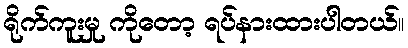
ရိုက်ကူးမှု ကိုတော့ ရပ်နားထားပါတယ်။